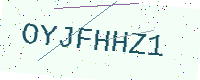
Text: OYJFHHZ1